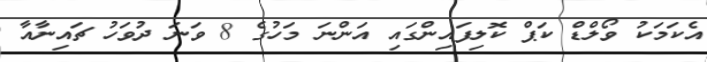
އެކަމަކު ވޯލްޑް ކަޕް ކޮލިފައިންގައި އަންނަ މަހުގެ 8 ވަނަ ދުވަހު ޗައިނާއާ